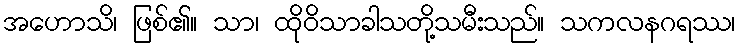
အဟောသိ၊ ဖြစ်၏။ သာ၊ ထိုဝိသာခါသတို့သမီးသည်။ သကလနဂရဿ၊